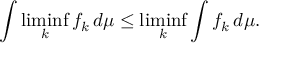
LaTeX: \int \operatorname* { l i m i n f } _ { k } f _ { k } \, d \mu \leq \operatorname* { l i m i n f } _ { k } \int f _ { k } \, d \mu .